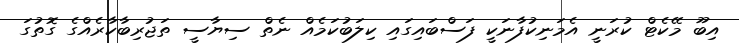
އިބޫ މޭކެޓް ކުރަނީ އެމަނިކުފާނަކީ ފަސްބައިގައި ކިލަބުކަމެއް ނެތް ސިޔާސީ ތަޖުރިބާކާރެއްގެ ގޮތުގަ